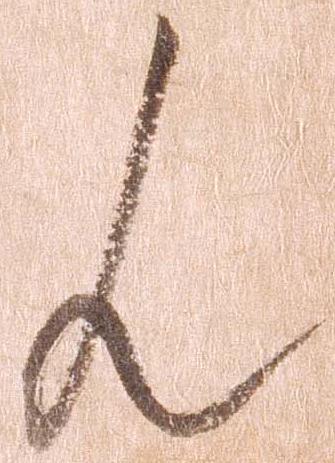
ん